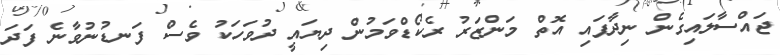
ޖައްސާލައިގެން ނިދާފައި އޮތް މަންޒަރު ރެކޯޑްވަމުން ދިޔައީ ދުވަހަކު ވެސް ފަނޑުނުވާނެ ފަދަ